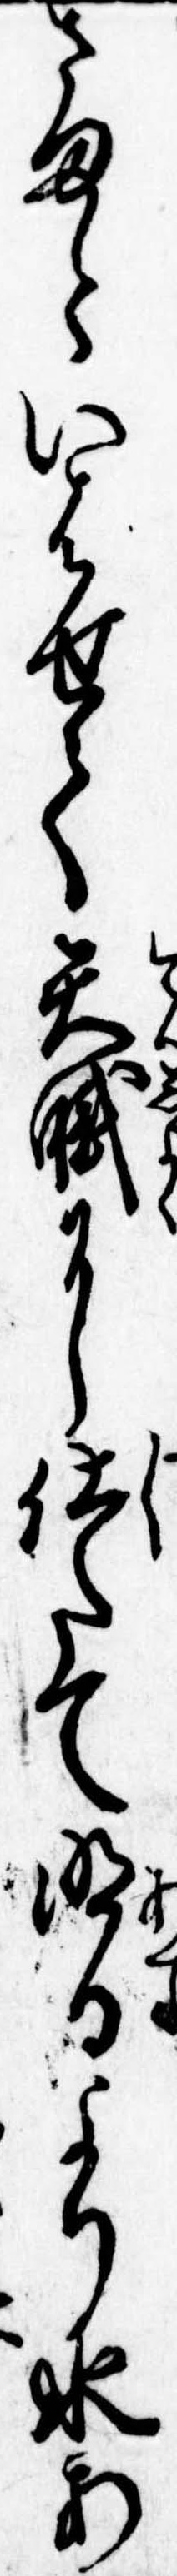
さまといはせて天職に仕たて明日より水あ